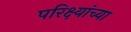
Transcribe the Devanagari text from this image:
परिक्ष्यांच्या